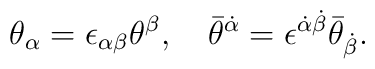
\theta_{\alpha} = \epsilon_{\alpha\beta} \theta^{\beta}, \quad     \bar{\theta}^{\dot{\alpha}} = \epsilon^{\dot{\alpha}\dot{\beta}} \bar{      \theta}_{\dot{\beta}}.